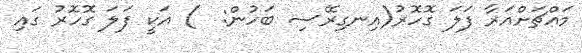
މައްޗަށްއަރާ ފަލަ ގޮހޮރު(އިނގިރޭސި ބަހުން:  ) އަކީ ފަލަ ގޮހޮރު ގައި